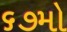
૬૭મો